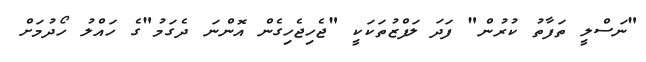
"ނަސްލީ ތަފާތު ކުރުން" ފަދަ ލަފްޒުތަކަކީ "ޖެހިޖެހިގެން އޮންނަ ދެގަމު"ގެ ހައްލު ހޯދުމަށް